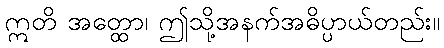
ဣတိ အတ္ထော၊ ဤသို့အနက်အဓိပ္ပာယ်တည်း။